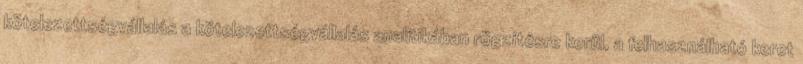
kötelezettségvállalás a kötelezettségvállalás analitikában rögzítésre kerül, a felhasználható keret